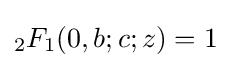
{}_{2}F_{1}(0,b;c;z)=1